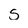
Character: s